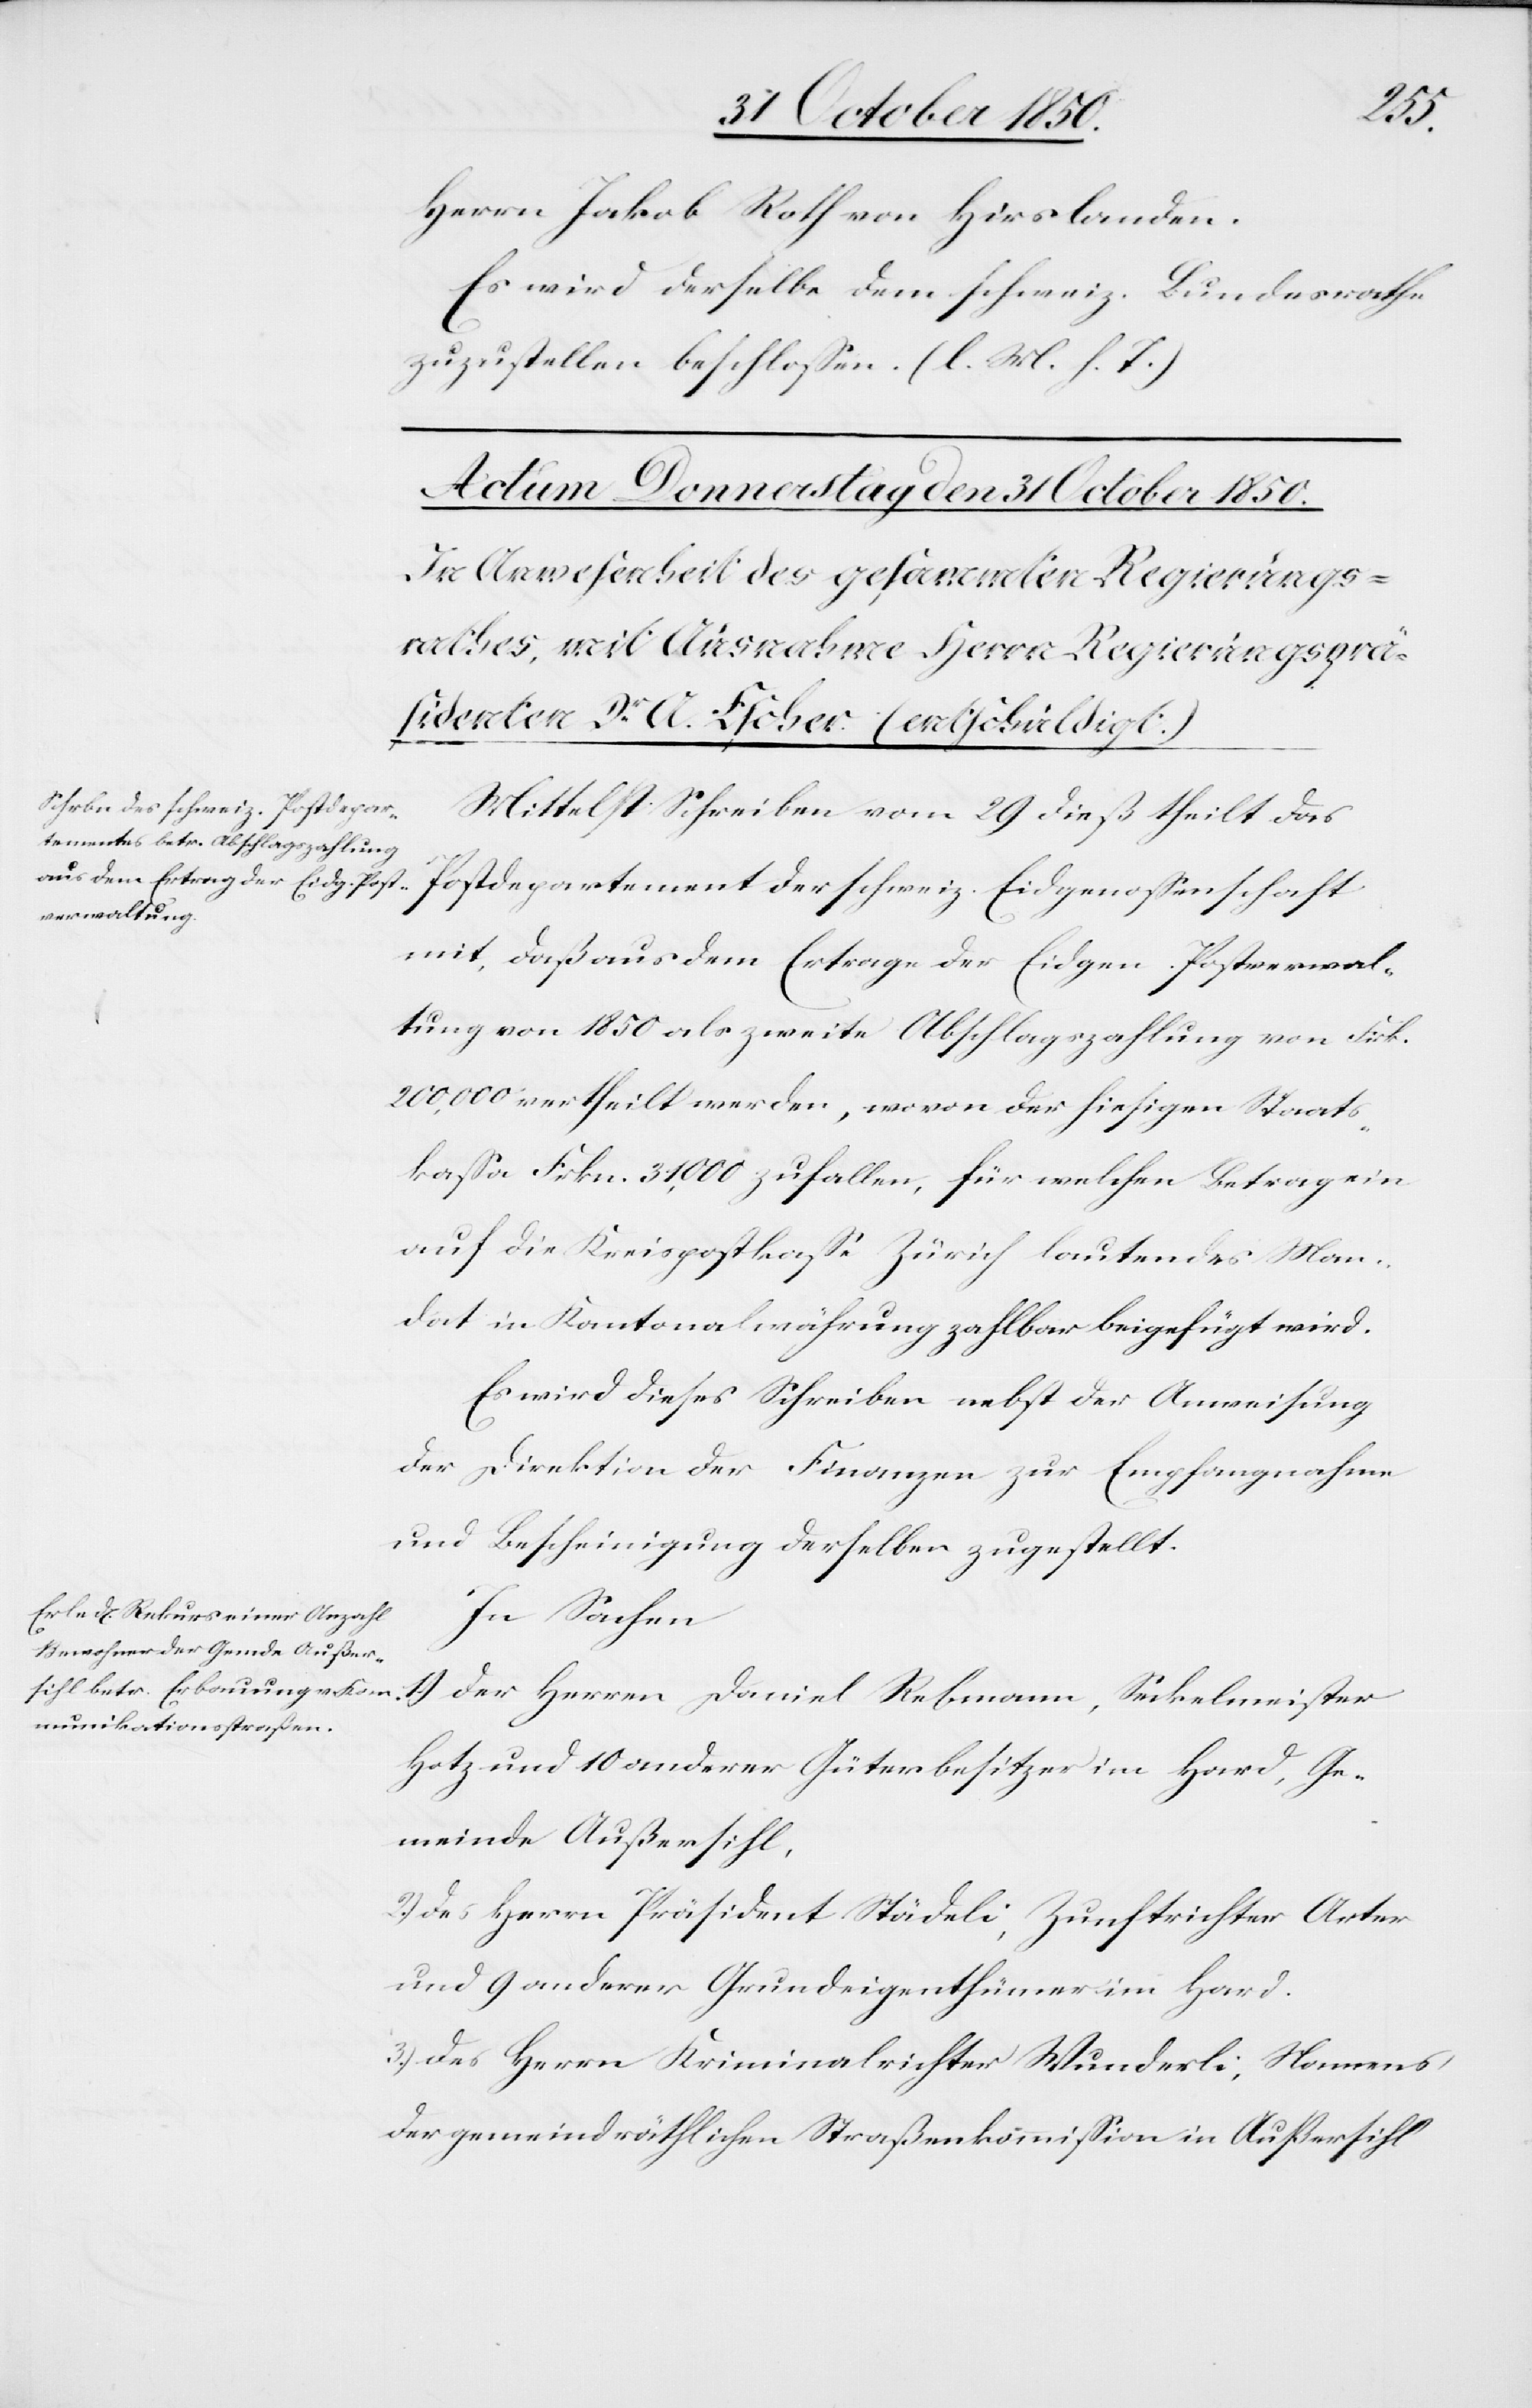
Herrn Jakob Roth von Hirslanden.
Es wird derselbe dem schweiz. Bundesrathe
zuzustellen beschlossen. (l. M. h. T.)
Mittelst Schreiben vom 29 dieß theilt das
Postdepartement der schweiz. Eidgenossenschaft
mit, daß aus dem Ertrage der Eidgen. Postverwal¬
tung von 1850 als zweite Abschlagszahlung von Frk.
200,000 vertheilt werden, wovon der hiesigen Staats¬
kassa Frkn. 31,000 zufallen, für welchen Betrag ein
auf die Kreispostkasse Zürich lautendes Man¬
dat in Kantonalwährung zahlbar beigefügt wird.
Es wird dieses Schreiben nebst der Anweisung
der Direktion der Finanzen zur Empfangnahme
und Bescheinigung derselben zugestellt.
In Sachen
1) Der Herren Daniel Rebmann, Seckelmeister
Hotz und 10 anderer Güterbesitzer im Hard, Ge¬
meinde Außersihl,
2) des Herrn Präsident Städeli, Zunftrichter Arter
und 9 anderer Grundeigenthümer im Hard.
3) Des Herrn Kriminalrichter Wunderli, Namens
der gemeindräthlichen Straßenkommission in Außersihl